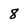
Character: 8